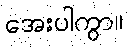
အေးပါကွာ။